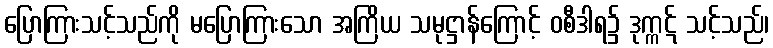
ပြောကြားသင့်သည်ကို မပြောကြားသော အကြိယ သမုဋ္ဌာန်ကြောင့် ဝစီဒါရ၌ ဒုက္ကဋ် သင့်သည်၊